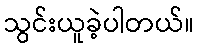
သွင်းယူခဲ့ပါတယ်။